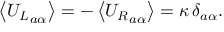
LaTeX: \left< { U _ { L } } _ { a \alpha } \right> = - \left< { U _ { R } } _ { a \alpha } \right> = \kappa \, \delta _ { a \alpha } .